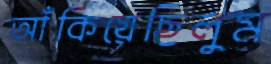
আঁকিয়েছিলুম